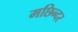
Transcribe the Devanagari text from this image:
मछिन्दर